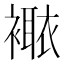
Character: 𧝯